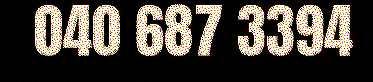
040 687 3394